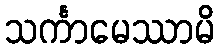
သင်္ကာမေဿာမိ